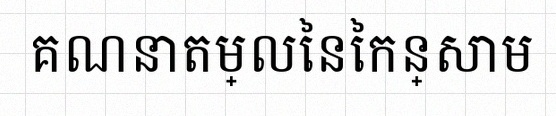
គណនាតម្លៃនៃកន្សោម